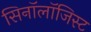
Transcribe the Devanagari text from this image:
सिनॉलॉजिस्ट